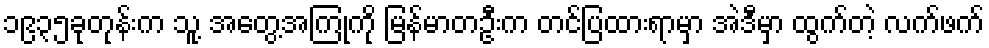
၁၉၃၅ခုတုန်းက သူ့ အတွေ့အကြုံကို မြန်မာတဦးက တင်ပြထားရာမှာ အဲဒီမှာ ထွက်တဲ့ လက်ဖက်